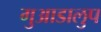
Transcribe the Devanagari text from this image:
गुआडालुप